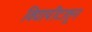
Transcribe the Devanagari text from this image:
विद्यापीटातून